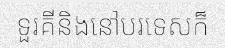
ទួរគីនិងនៅបរទេសក៏